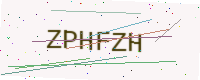
Text: ZPHFZH